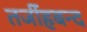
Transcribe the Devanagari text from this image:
तर्जीहबन्द